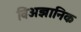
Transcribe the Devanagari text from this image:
विअज्ञानिक